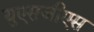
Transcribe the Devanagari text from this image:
युएसजीएस